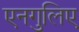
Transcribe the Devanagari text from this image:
एनगुलिए